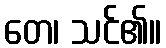
တေ၊ သင်၏။